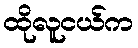
ထိုလူငယ်က